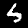
Digit: 5